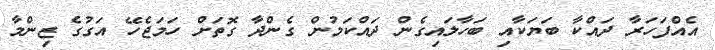
އެއްފަހަރާ ދައްކާ ބަޔަކާއި ބަހާލައިގެން ދައްކަމުން ގެންދާ ގޮތަށް ހަމަޖެހޭ އަގުގެ ޒިންމާ